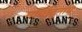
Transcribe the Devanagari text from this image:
मच्छिंद्र्नाथ